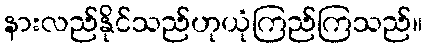
နားလည်နိုင်သည်ဟုယုံကြည်ကြသည်။